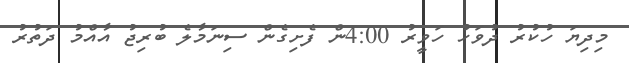
މިދިޔަ ހުކުރު ދުވަހު ހަވީރު 4:00ން ފެށިގެން ސިނަމާލެ ބުރިޖު އާއްމު ދަތުރު